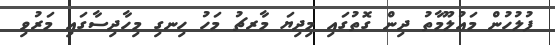
ފުލުހުން މަޢުލޫމާތު ދިން ގޮތުގައި މިދިޔަ މާރޗު މަހު ހިނގި މިހާދިސާގައި މަރުވި